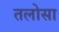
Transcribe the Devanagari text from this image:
तलोसा